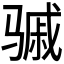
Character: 𬴈